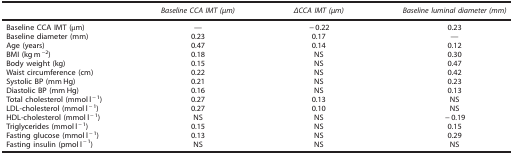
|  | Baseline CCA IMT (μm) | ΔCCA IMT (μm) | Baseline luminal diameter (mm) |
 | --- | --- | --- | --- |
 | Baseline CCA IMT (μm) | — | −0.22 | 0.23 |
 | Baseline diameter (mm) | 0.23 | 0.17 | — |
 | Age (years) | 0.47 | 0.14 | 0.12 |
 | BMI (kg m−2) | 0.18 | NS | 0.30 |
 | Body weight (kg) | 0.15 | NS | 0.47 |
 | Waist circumference (cm) | 0.22 | NS | 0.42 |
 | Systolic BP (mm Hg) | 0.21 | NS | 0.23 |
 | Diastolic BP (mm Hg) | 0.16 | NS | 0.13 |
 | Total cholesterol (mmol l−1) | 0.27 | 0.13 | NS |
 | LDL-cholesterol (mmol l−1) | 0.27 | 0.10 | NS |
 | HDL-cholesterol (mmol l−1) | NS | NS | −0.19 |
 | Triglycerides (mmol l−1) | 0.15 | NS | 0.15 |
 | Fasting glucose (mmol l−1) | 0.13 | NS | 0.29 |
 | Fasting insulin (pmol l−1) | NS | NS | NS |